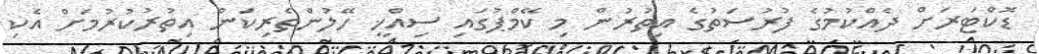
ޑޮކްޓަރަށް ދެއްކުމުގެ ފުރުސަތުގެ އިތުރުން މި ކޭމްޕުގައި ސިއްޚީ ހޭލުންތެރިކަން އިތުރުކުރުމަށް އެކި